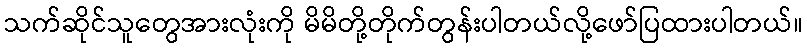
သက်ဆိုင်သူတွေအားလုံးကို မိမိတို့တိုက်တွန်းပါတယ်လို့ဖော်ပြထားပါတယ်။